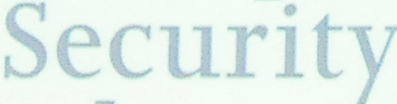
Security